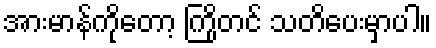
အားမာန်ကိုတော့ ကြိုတင် သတိပေးမှာပါ။